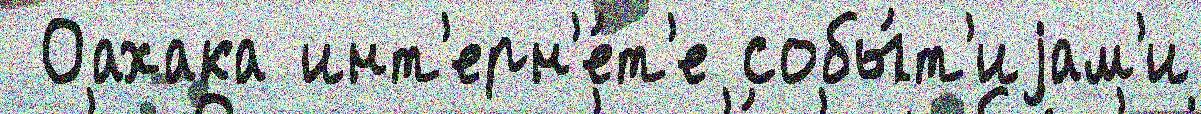
 Оахака инт'ерн'е́т'е собы́т'иjам'и